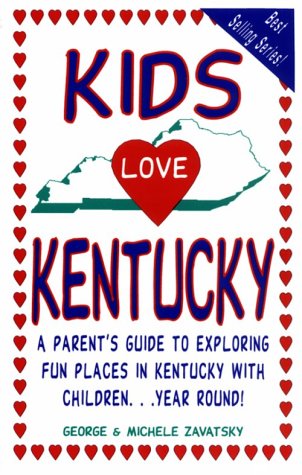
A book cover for Kids Love Kentucky: A Parent's Guide to Exploring Fun Places in Kentuck With Children Year Round!; George Zavatsky; Travel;